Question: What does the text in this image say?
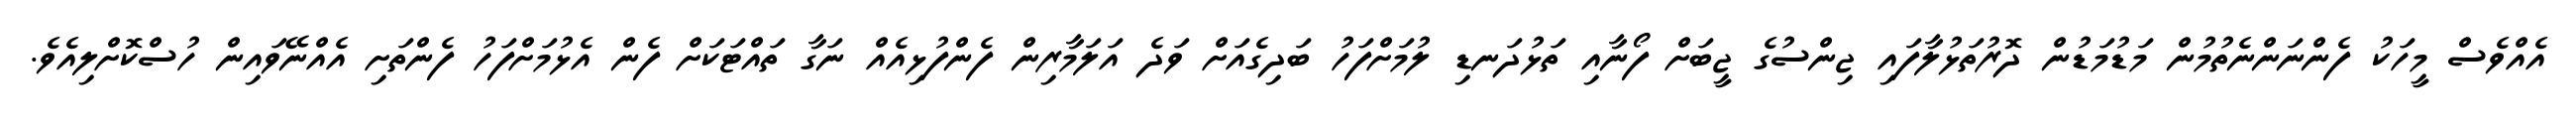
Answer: އެއްވެސް މީހަކު ފެންނަންނެތުމުން މަޑުމަޑުން ދޮރުތަޅުލާފައި ޖިންސުގެ ޖީބަށް ފޯނާއި ތަޅުދަނޑި ލުމަށްފަހު ބަދިގެއަށް ވަދެ އަލަމާރިން ފެންފުޅިއެއް ނަގާ ތައްޓަކަށް ފެން އެޅުމަށްފަހު ފެންތަށި އެއްނޭވައިން ހުސްކޮށްލިއެވެ.